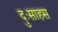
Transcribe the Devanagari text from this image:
दुःसाहस